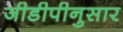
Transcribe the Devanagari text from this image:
जीडीपीनुसार